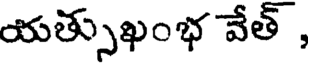
యత్సుఖంభ వేత్ ,